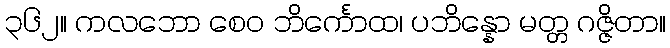
၃၆၂။ ကလဘော စေဝ ဘိင်္ကောထ၊ ပဘိန္နော မတ္တ ဂဇ္ဇိတာ။